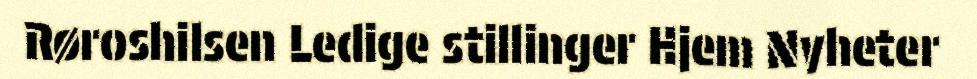
Røroshilsen Ledige stillinger Hjem Nyheter